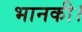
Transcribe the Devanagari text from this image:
भानकी।